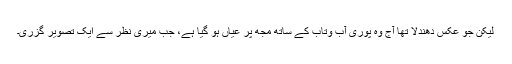
لیکن جو عکس دھندلا تھا آج وہ پوری آب وتاب کے ساتھ مجھ پر عیاں ہو گیا ہے، جب میری نظر سے ایک تصویر گزری۔